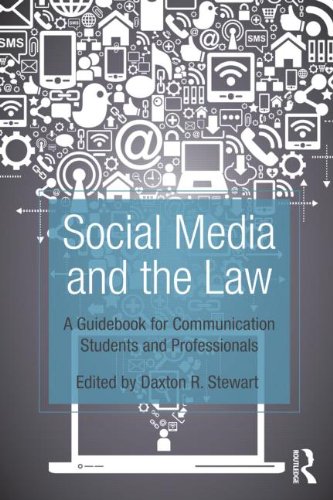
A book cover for Social Media and the Law: A Guidebook for Communication Students and Professionals; Computers & Technology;